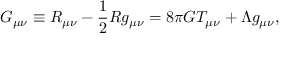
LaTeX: G _ { \mu \nu } \equiv R _ { \mu \nu } - \frac { 1 } { 2 } R g _ { \mu \nu } = 8 \pi G T _ { \mu \nu } + \Lambda g _ { \mu \nu } ,